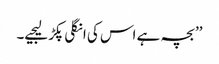
’’بچہ ہے اس کی انگلی پکڑ لیجیے۔